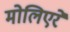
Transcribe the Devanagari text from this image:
मोलिएरे